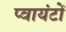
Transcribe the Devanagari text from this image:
प्वायंटों